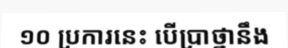
១០ ប្រការនេះ បើប្រាថ្នានឹង